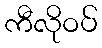
ကီလိုဝပ်